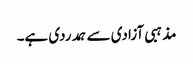
مذہبی آزادی سے ہمدردی ہے۔